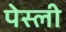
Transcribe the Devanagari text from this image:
पेस्ली